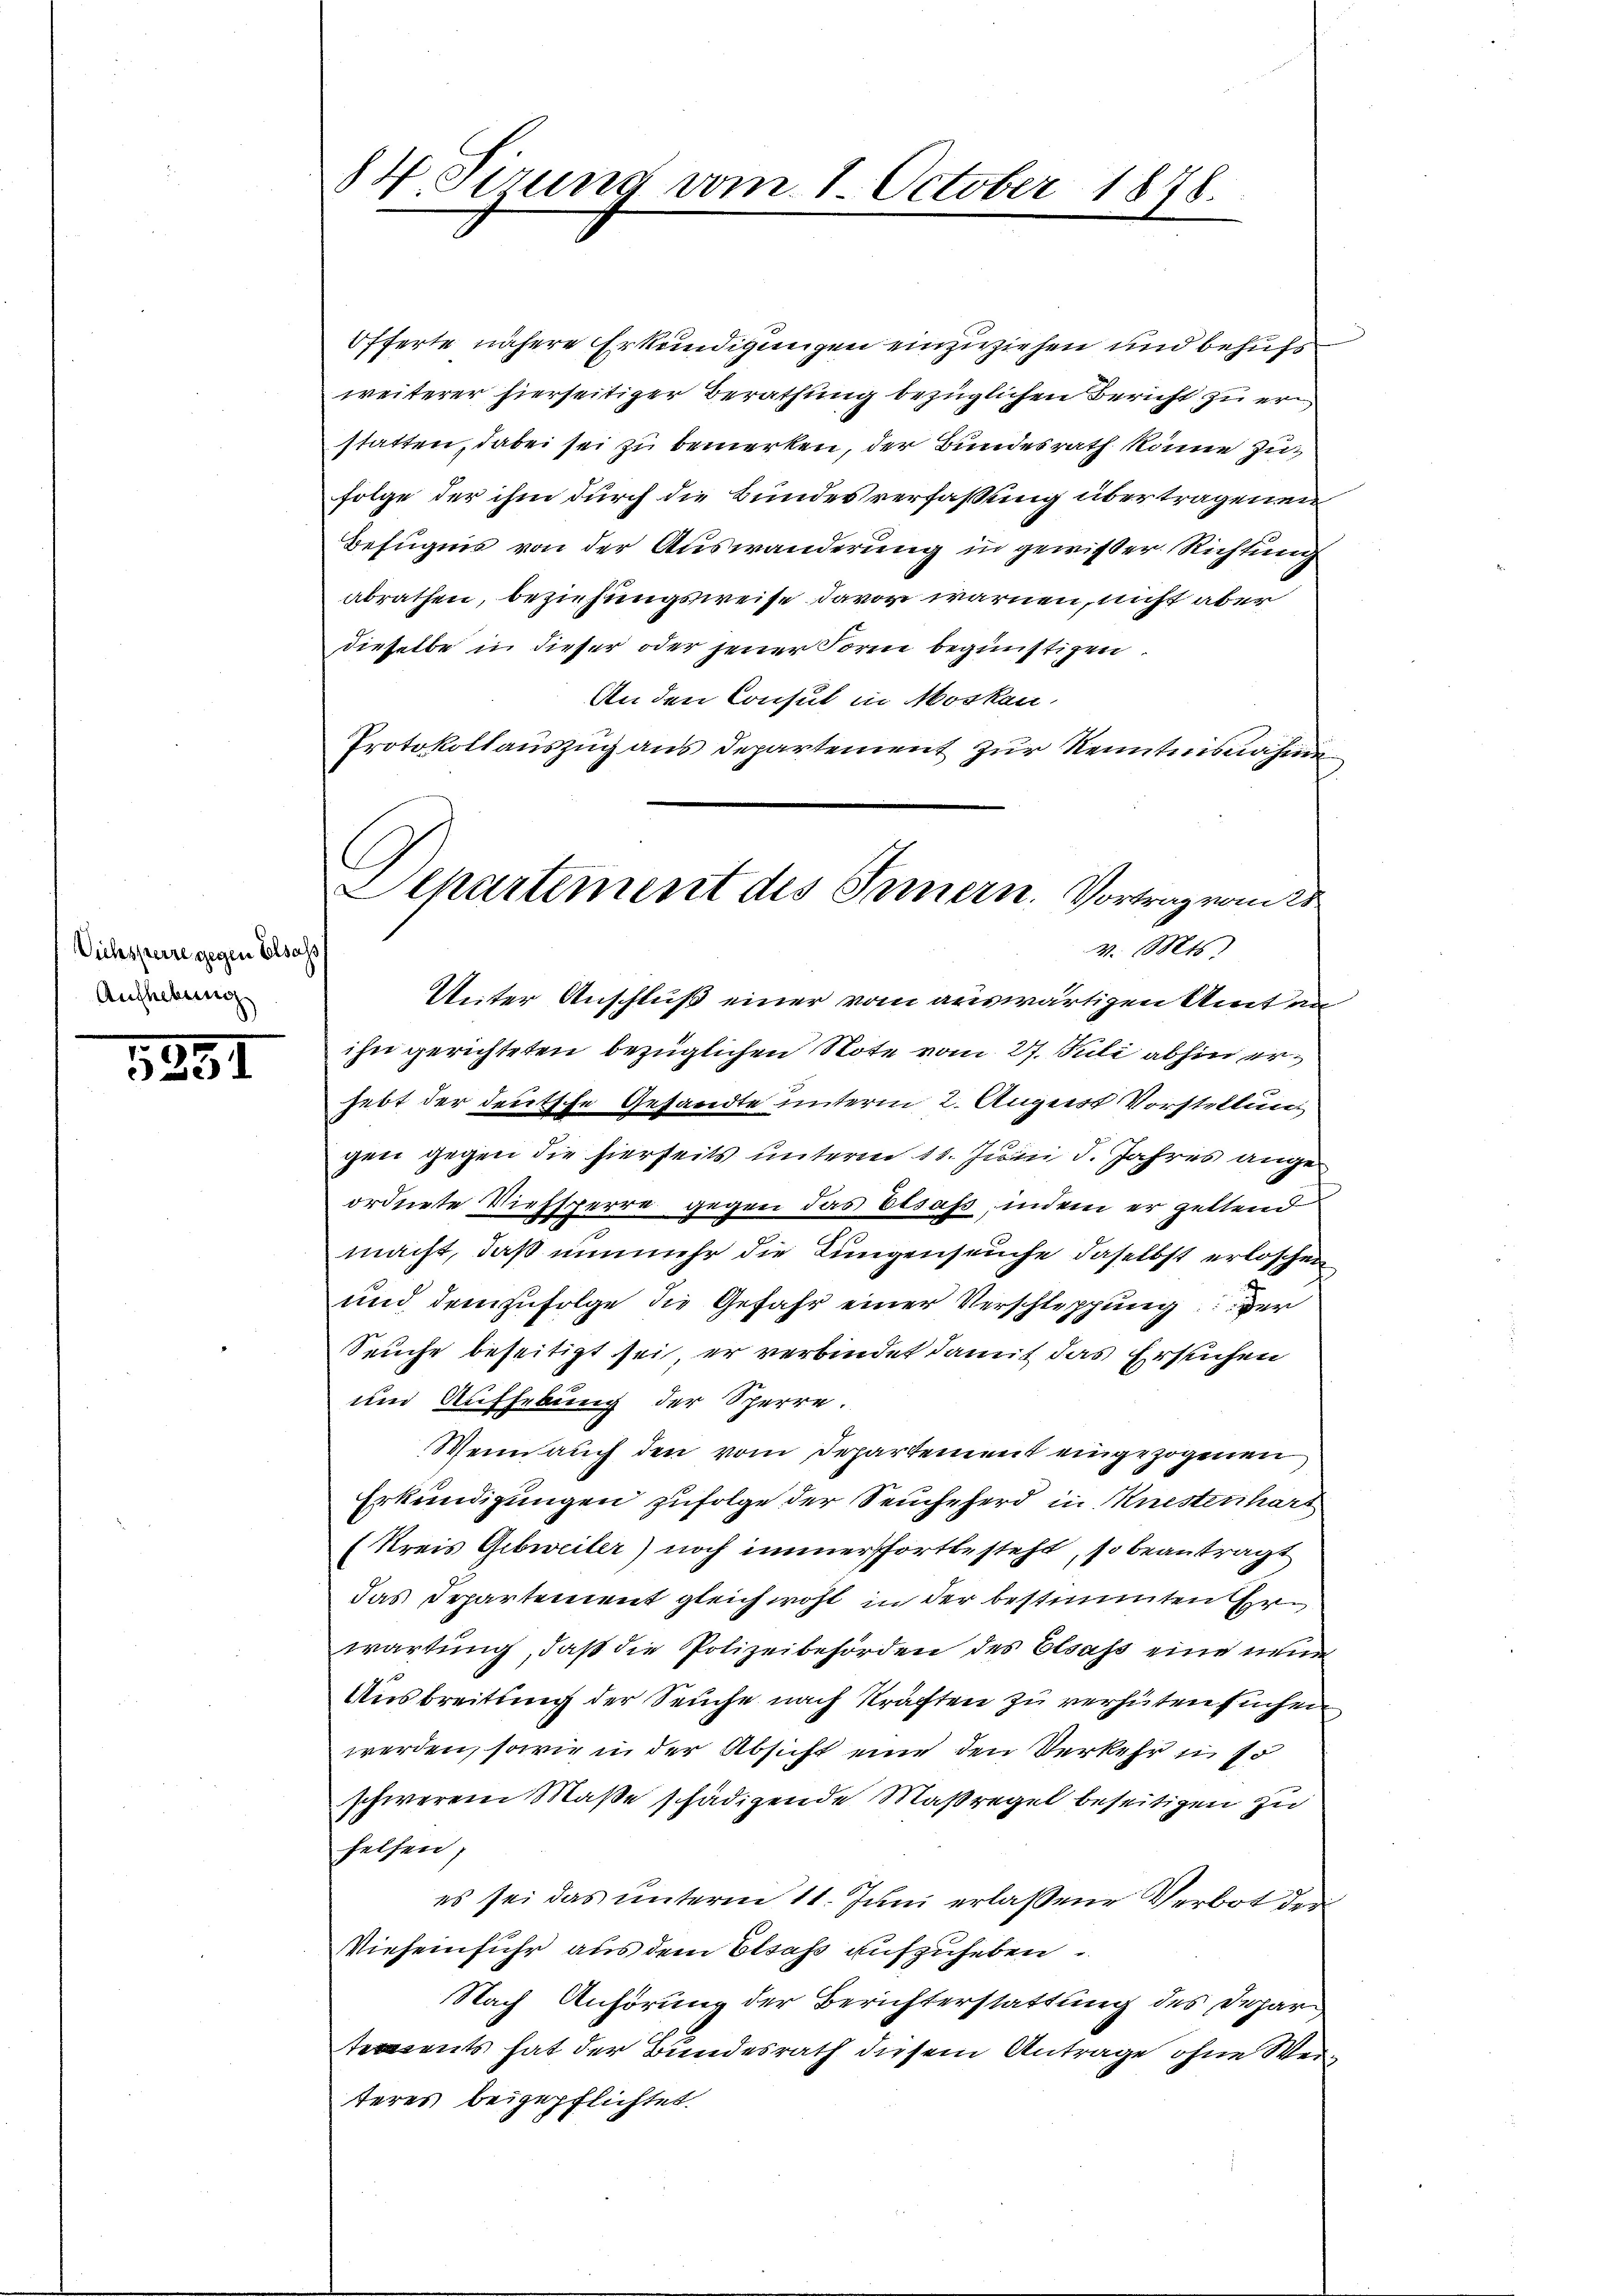
Viehsperre gegen Elsass
Aufhebung

1881

Öfferte nähere Erkundigungen einzuziehen und behufs
weiterer hierseitiger Berathung bezüglichen Bericht zu erstatten, dabei sei zu bemerken, der Bundesrath könne zu¬
Folge der ihm durch die Bundesverfassung übertragenen
Befugnis von der Auswanderung in gewißer Richtung
abrathen, beziehungsweise davor warnen, nicht aber
dieselbe in dieser oder jener Foren begünstigen.
An den Consul in Moskau
Protokollauszug aus Departement zur Kenntnisnahme
Unter Anschluß einer vom auswärtigen Amt an
ihn gerichteten bezüglichen Note vom 27. Juli abhin erhebt der deutsche Gesandte unterm 2. August Vorstellun
gen gegen die hierseits unterm 11. Juni d. Jahres ange
ordnete Viehsperre gegen das besass, indem er geltend
macht, daß nunmehr die Lungenseuche daselbst erloschen
und demzufolge die Gefahr einer Verschleppung der
Seuche beseitigt sei er verbindet damit das Ersuchen
und Aufhebung der Sperre.
Wenn auch den vom Departement eingezogenen
Erkundigungen zufolge der Seuche ferd in Knestenhart
(Kreis Gibweiler) noch immerfortbesteht, so beantragt
das Departement gleichwohl in der bestimmten Herwartung, daß die Polizeibehörden des Elsass eine neuen
Ausbreitung der Seuche nach Kräften zu verhüten suchen
werden, sowie in der Absicht eine den Verkehr in so
schwerem Maße schädigende Maßregel beseitigen zu
helfen,
es sei das unterm 11. Juni erlassene Verbot der
Vieheiführ aus dem Elsass aufzuheben.
Nach Anhörung der Berichterstattung des Depar
tements hat der Bundesrath diesem Antrage ohne Weiteres beigepflichtet.

84 Sirung vom 1. October 1878.

C
Departement des Innern. Vortrag vom 25
v. Mts.